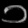
Digit: ၁